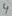
Text: 4